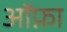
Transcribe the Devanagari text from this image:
ऑफ़ा